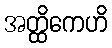
အတ္ထိကေဟိ